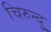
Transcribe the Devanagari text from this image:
चिरुन्दु